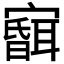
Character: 𱚘